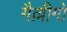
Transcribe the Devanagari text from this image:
गैल्लीगो